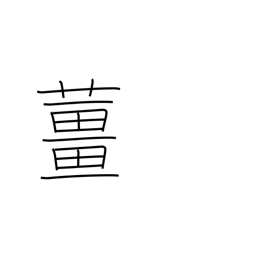
Meaning: ginger